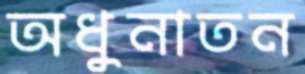
অধুনাতন